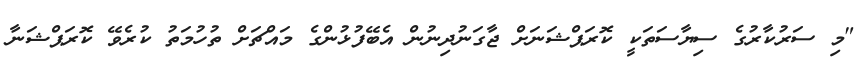
"މި ސަރުކާރުގެ ސިޔާސަތަކީ ކޮރަޕްޝަނަށް ޖާގަނުދިނުން އެބޭފުޅުންގެ މައްޗަށް ތުހުމަތު ކުރެވޭ ކޮރަޕްޝަނާ